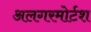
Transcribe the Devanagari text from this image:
अलगरमोर्टश